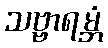
သဗ္ဗာရမ္ဘံ